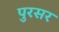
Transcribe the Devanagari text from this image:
पुरसर